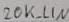
Text: 20K_LIN